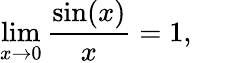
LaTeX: \operatorname*{lim}_{x\to 0}{\frac{\sin(x)}{x}}=1,\qquad